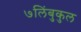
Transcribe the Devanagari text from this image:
७लिंबुकुल